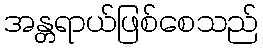
အန္တရာယ်ဖြစ်စေသည်